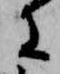
に